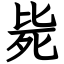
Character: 毙